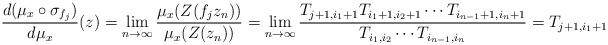
LaTeX: \begin{align*}\frac{d(\mu_x \circ \sigma_{f_j})}{d\mu_x}(z) = \lim_{n\to \infty} \frac{ \mu_{x}( Z( f_j z_n ) ) } {\mu_{x} (Z(z_n ))} = \lim_{n\to \infty} \frac{T_{j+1, i_1+1} T_{i_1 +1, i_2 + 1} \cdots T_{i_{n-1} + 1, i_n +1}}{T_{i_1, i_2} \cdots T_{i_{n-1}, i_n}} = T_{j+1, i_1 +1}\end{align*}